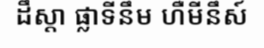
ដឹស្តា ផ្លាទីនឹម ហឺមីនឹស៍